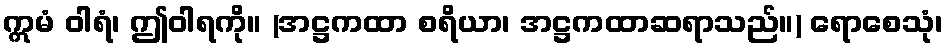
ဣမံ ဝါရံ၊ ဤဝါရကို။ (အဋ္ဌကထာ စရိယာ၊ အဋ္ဌကထာဆရာသည်။) ရောစေသုံ၊